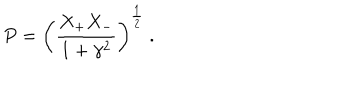
LaTeX: P = \left( \frac { X _ { + } X _ { - } } { 1 + \gamma ^ { 2 } } \right) ^ { \frac { 1 } { 2 } } \ .